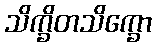
သိက္ခိတသိက္ခော